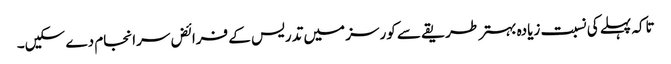
تاکہ پہلے کی نسبت زیادہ بہتر طریقے سے کورسز میں تدریس کے فرائض سرانجام دے سکیں۔